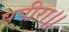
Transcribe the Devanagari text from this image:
पपीरा।।